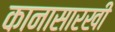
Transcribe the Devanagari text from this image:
कानासारखी